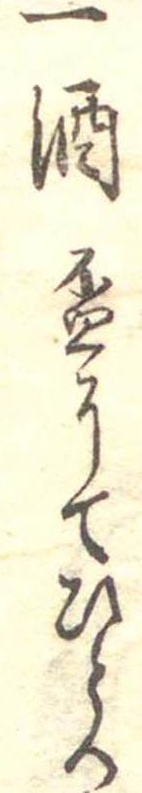
一酒杯にてひとつ